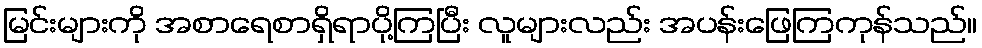
မြင်းများကို အစာရေစာရှိရာပို့ကြပြီး လူများလည်း အပန်းဖြေကြကုန်သည်။